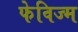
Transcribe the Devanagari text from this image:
फेविज्म